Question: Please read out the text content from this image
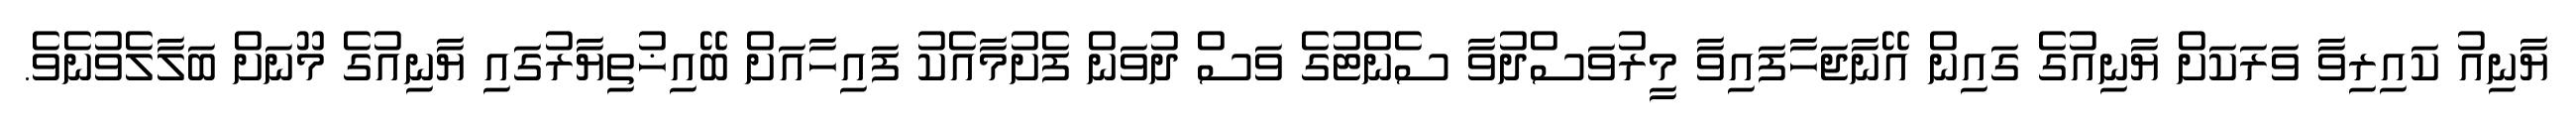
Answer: ޔާނިއު ކައިރިވާ ވަރަކަށް ޔާނިއުގެ ގައިން އޭނާޖަހާފައިވާ މީރުވަސްދުވާ ސެންޓުގެ ވަސް ދުވަން ފެށުމާއެކު ފައިހާއަށް ބޭއިޚުތިޔާރުގައި ޔާނިއުގެ މޫނަށް ބަލާލެވުނެވެ.